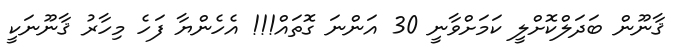
ޤާނޫން ބަދަލްކޮށްލީ ކަމަށްވާނީ 30 އަންނަ ގޮތައް!!! އެހެންޔާ ފަހެ މިހާރު ޤާނޫނަކީ